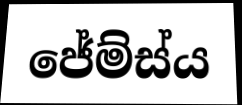
ජේම්ස්ය